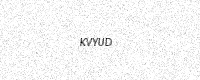
Text: KVYUD